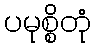
ပမုစ္စိတုံ